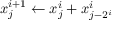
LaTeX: x _ { j } ^ { i + 1 } \gets x _ { j } ^ { i } + x _ { j - 2 ^ { i } } ^ { i }